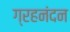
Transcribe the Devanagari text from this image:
ग्रहनंदन